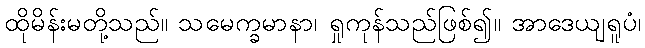
ထိုမိန်းမတို့သည်။ သမေက္ခမာနာ၊ ရှုကုန်သည်ဖြစ်၍။ အာဒေယျရူပံ၊